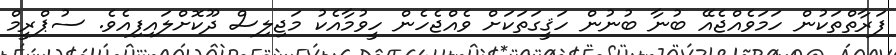
ފަރާތްތަކުން ހަމަވެއްޖެއޭ ބުނާ ބުނުން ހަޤީގަތަކަށް ވެއްޖެހެން ހީވުމާއެކު މަޖިލިސް ދޫކޮށްލައިފިއެވެ. ސުޕްރީމް